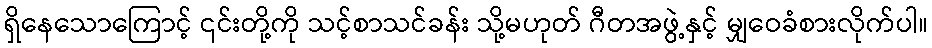
ရှိနေသောကြောင့် ၎င်းတို့ကို သင့်စာသင်ခန်း သို့မဟုတ် ဂီတအဖွဲ့နှင့် မျှဝေခံစားလိုက်ပါ။